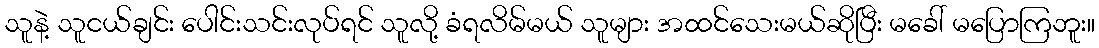
သူနဲ့ သူငယ်ချင်း ပေါင်းသင်းလုပ်ရင် သူလို့ ခံရလိမ်မယ် သူများ အထင်သေးမယ်ဆိုပြီး မခေါ် မပြောကြဘူး။